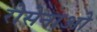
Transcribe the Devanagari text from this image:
रोसेनाओ